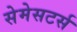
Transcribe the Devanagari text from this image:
सेमेसटर्स